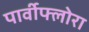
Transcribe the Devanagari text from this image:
पार्वीफ्लोरा